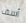
أسف